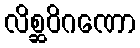
လိစ္ဆဝိဂဏော